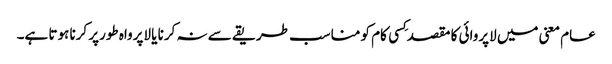
عام معنی میں لاپروائی کا مقصد کِسی کام کو مناسب طریقے سے نہ کرنا یا لاپرواہ طورپر کرنا ہوتا ہے۔